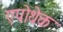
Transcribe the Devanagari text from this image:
एपोथेक